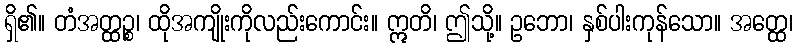
ရှိ၏။ တံအတ္ထဉ္စ၊ ထိုအကျိုးကိုလည်းကောင်း။ ဣတိ၊ ဤသို့။ ဥဘော၊ နှစ်ပါးကုန်သော။ အတ္ထေ၊